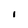
Character: I